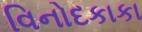
વિનોદકાકા